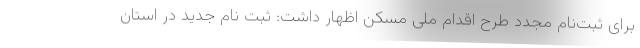
برای ثبت‌نام مجدد طرح اقدام ملی مسکن اظهار داشت: ثبت نام جدید در استان